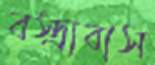
বস্ত্রাবাস